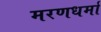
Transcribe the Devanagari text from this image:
मरणधर्मा